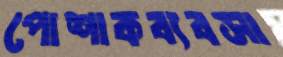
পোশাকব্যবসা